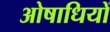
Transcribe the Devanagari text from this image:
ओषाधियों